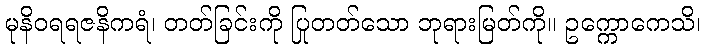
မုနိဝရရဇနိကရံ၊ တတ်ခြင်းကို ပြုတတ်သော ဘုရားမြတ်ကို။ ဥက္ကောကေသိ၊